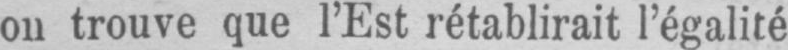
trouve que l’Est rétablirait l’égalité